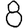
Digit: 8